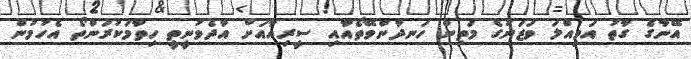
އޭނާގެ ގާތު އަމިއްލަ ވަޒަނުގެ މަތިން ހަނދާންވޭތޯއާއި ސީރިއާއަށް އާދެވުނީތީ ހިތާމަކުރަންތޯ އެހުމުން